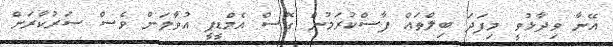
އޭނާ ވިދާޅުވީ މިފަދަ ބިލްތައް ފާސްކުރަމުން ގޮސް އެމްޑީޕީ އުވާލަން ވެސް ސަރުކާރަށް